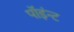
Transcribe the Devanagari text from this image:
पॉइंन्ट